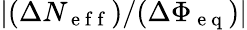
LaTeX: \lvert(\Delta N_{\mathrm{~e~f~f~}})/(\Delta\Phi_{\mathrm{~e~q~}})\rvert